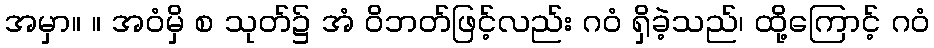
အမှာ။ ။ အဝံမှိ စ သုတ်၌ အံ ဝိဘတ်ဖြင့်လည်း ဂဝံ ရှိခဲ့သည်၊ ထို့ကြောင့် ဂဝံ